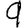
Digit: 9